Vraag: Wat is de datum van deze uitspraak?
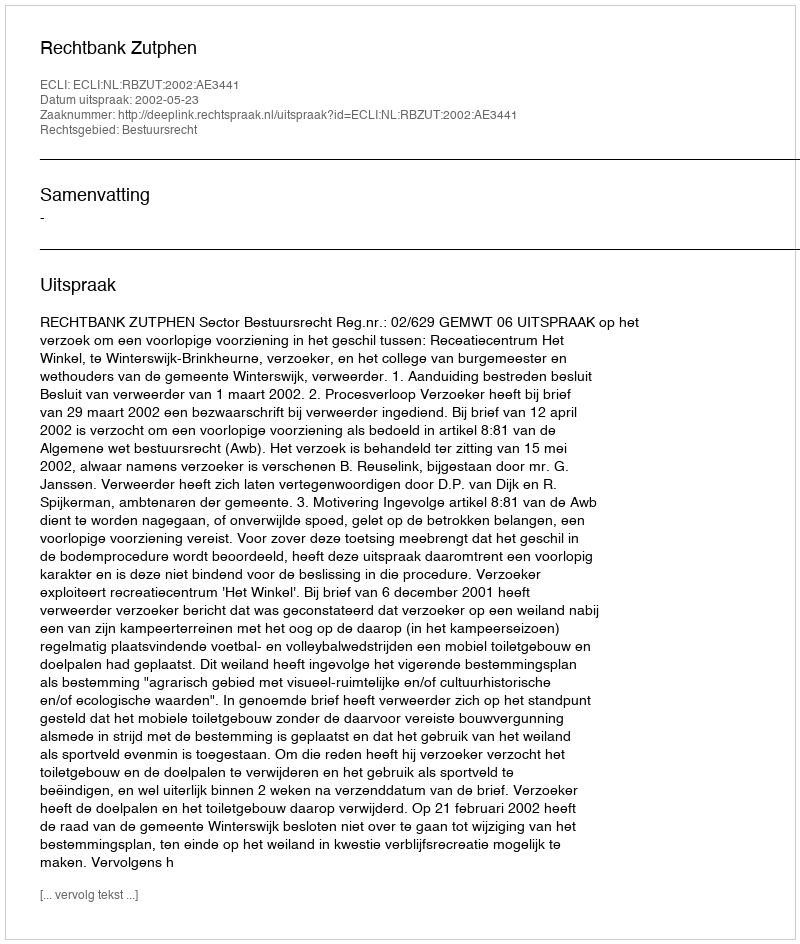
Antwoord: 2002-05-23